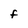
Character: F